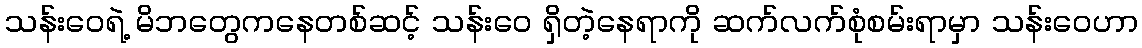
သန်းဝေရဲ့ မိဘတွေကနေတစ်ဆင့် သန်းဝေ ရှိတဲ့နေရာကို ဆက်လက်စုံစမ်းရာမှာ သန်းဝေဟာ